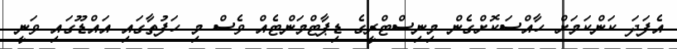
އެފަދަ ކަންކަމަށް ހާއްސަކޮށްގެން މިނިސްޓްރީގެ ޑިޕާޓްމަންޓެއް ވެސް މި ހަފުތާގައި އައްޑޫގައި ވަނީ